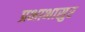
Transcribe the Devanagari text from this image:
प्रभाभासुर